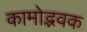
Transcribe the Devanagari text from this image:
कामोद्भवक